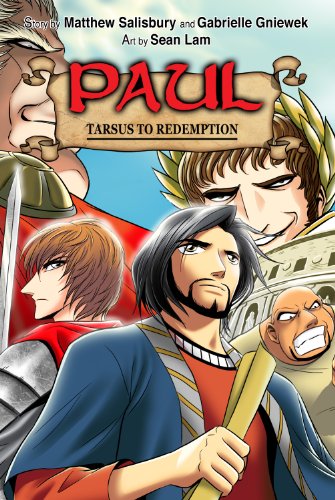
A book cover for Paul: Tarsus to Redemption; Matthew Salisbury; Comics & Graphic Novels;